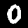
Label: 0